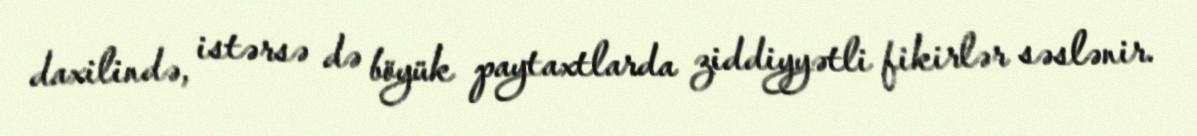
daxilində, istərsə də böyük paytaxtlarda ziddiyyətli fikirlər səslənir.